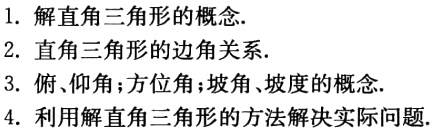
1. 解直角三角形的概念.

2. 直角三角形的边角关系.

3. 俯、仰角；方位角；坡角、坡度的概念.

4. 利用解直角三角形的方法解决实际问题.